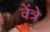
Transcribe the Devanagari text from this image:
वेंत्रे